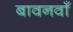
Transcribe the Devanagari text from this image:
बावनवाँ